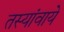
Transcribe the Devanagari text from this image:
तस्यांवाये